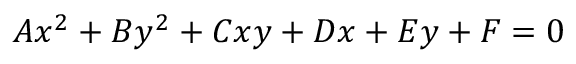
A x ^ { 2 } + B y ^ { 2 } + C x y + D x + E y + F = 0